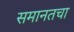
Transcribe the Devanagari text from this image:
समानतचा